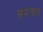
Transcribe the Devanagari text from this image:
संयंत्रात